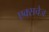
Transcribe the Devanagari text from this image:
एक्सचेज